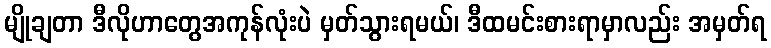
မျိုချတာ ဒီလိုဟာတွေအကုန်လုံးပဲ မှတ်သွားရမယ်၊ ဒီထမင်းစားရာမှာလည်း အမှတ်ရ